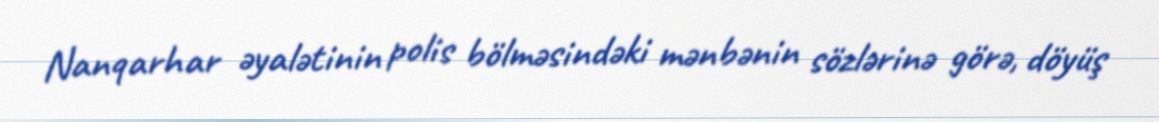
Nanqarhar əyalətinin polis bölməsindəki mənbənin sözlərinə görə, döyüş